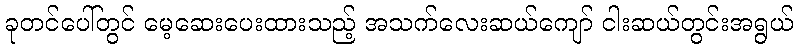
ခုတင်ပေါ်တွင် မေ့ဆေးပေးထားသည့် အသက်လေးဆယ်ကျော် ငါးဆယ်တွင်းအရွယ်